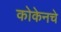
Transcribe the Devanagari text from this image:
कोकेनचे